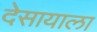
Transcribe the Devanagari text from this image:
देसायाला